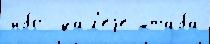
и́бо  да́л'еjе шта́ба